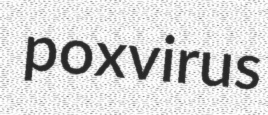
poxvirus